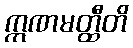
ဣဏမတ္ထီတိ